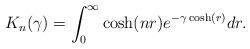
LaTeX: \begin{align*}K_{n}(\gamma)&=\int_{0}^{\infty}\cosh(nr)e^{-\gamma \cosh(r) }dr.\end{align*}